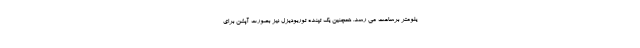
یلومتر برساعت می رسد. همچنین یک تپنده توربودیزل نیز بصورت آپشن برای